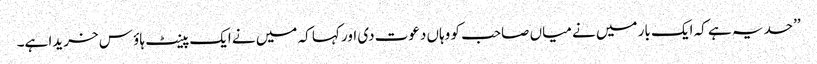
’’حد یہ ہے کہ ایک بار میں نے میاں صاحب کو وہاں دعوت دی اور کہا کہ میں نے ایک پینٹ ہاؤ س خریدا ہے۔